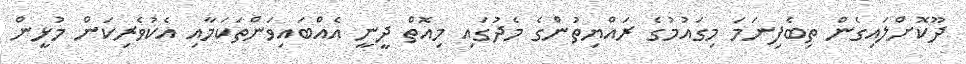
ދޫކޮށްލައިގެން ތިބެފިނަމަ މިގައުމުގެ ރައްޔިތުންގެ މެދުގައި މިއޮތް ދީނީ އެއްބައިވަންތަކަމާއި އެކުވެރިކަން މުޅީން